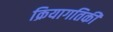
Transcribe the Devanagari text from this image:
क्रियागतिकी